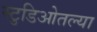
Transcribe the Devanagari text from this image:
स्टुडिओतल्या